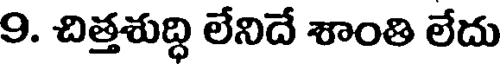
9. చిత్తశుద్ధి లేనిదే శాంతి లేదు